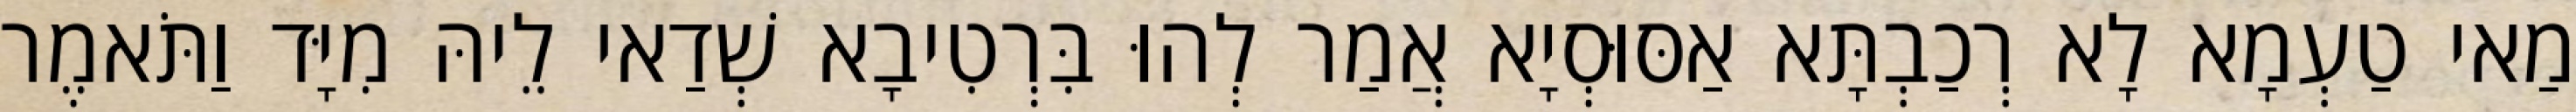
מַאי טַעְמָא לָא רְכַבְתָּא אַסּוּסְיָא אֲמַר לְהוּ בִּרְטִיבָא שְׁדַאי לֵיהּ מִיָּד וַתֹּאמֶר